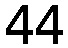
44